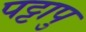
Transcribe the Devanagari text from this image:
पट्टापु